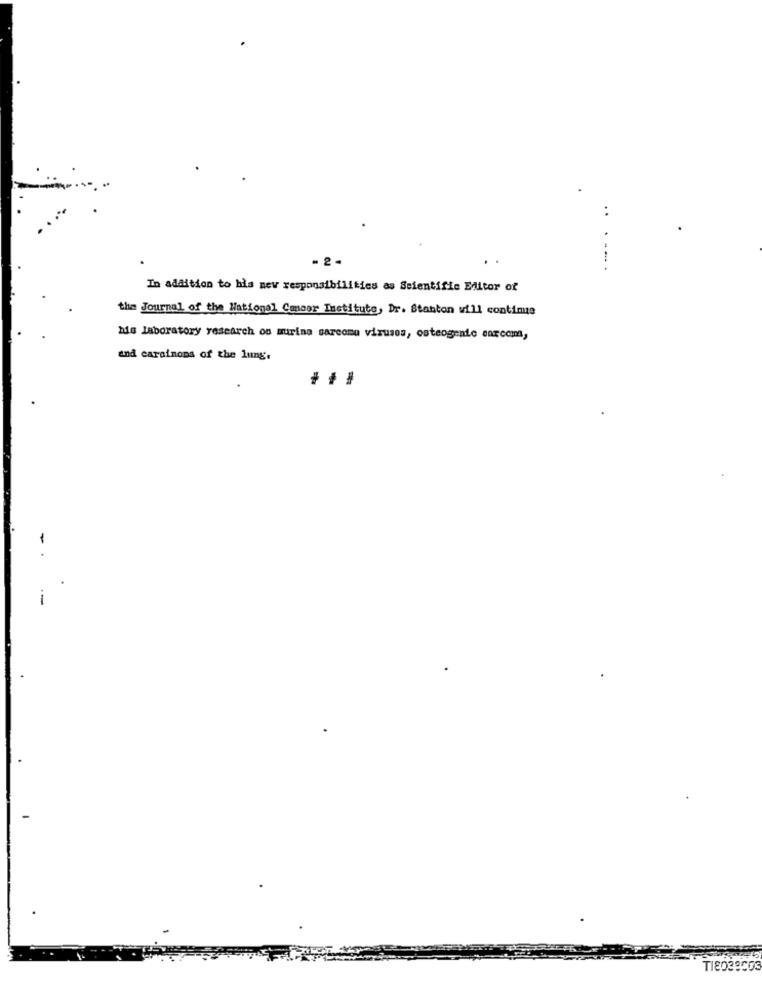
..
- 2.
In addition to his new responsibilities as Scientific Editor of
the Journal of the National Cancer Institute, Dr. Stanton will contime
his laboratory research on murina sarcoma viruses, osteogenie sarcoma,
and carainons of the lung.
TI8038003